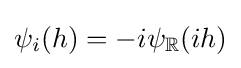
\psi _{i}(h)=-i\psi _{\mathbb {R} }(ih)